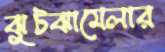
ঝুটঝামেলার